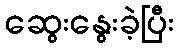
ဆွေးနွေးခဲ့ပြီး